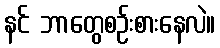
နင် ဘာတွေစဉ်းစားနေလဲ။